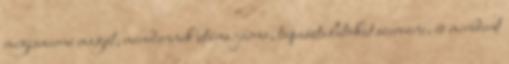
megismerné magát, mindennek utána járna, tapasztalatokat szerezne, és mindent